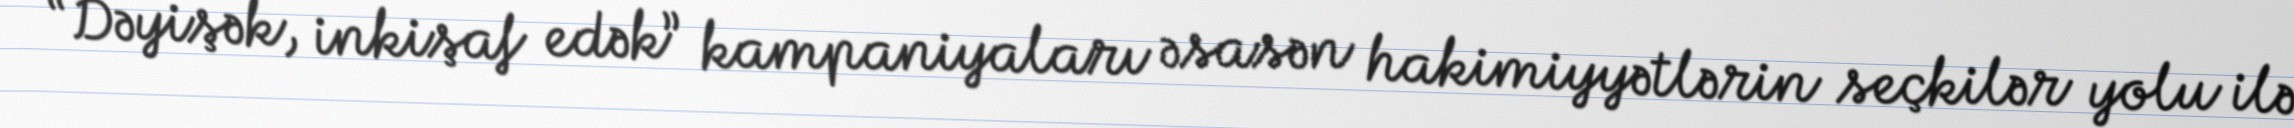
“Dəyişək, inkişaf edək” kampaniyaları əsasən hakimiyyətlərin seçkilər yolu ilə